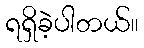
ရရှိခဲ့ပါတယ်။